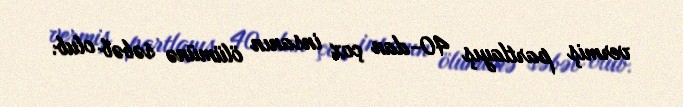
vermiş partlayış 40-dan çox insanın ölümünə səbəb olub.